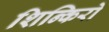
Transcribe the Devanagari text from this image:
शिन्किरो